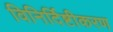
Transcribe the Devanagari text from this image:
विनिर्दिष्टीकरण